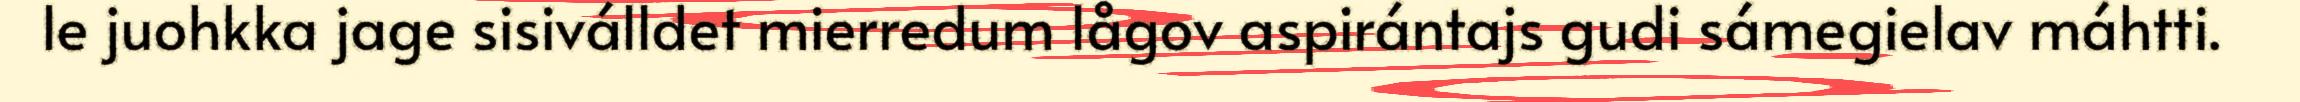
le juohkka jage sisiválldet mierredum lågov aspirántajs gudi sámegielav máhtti.